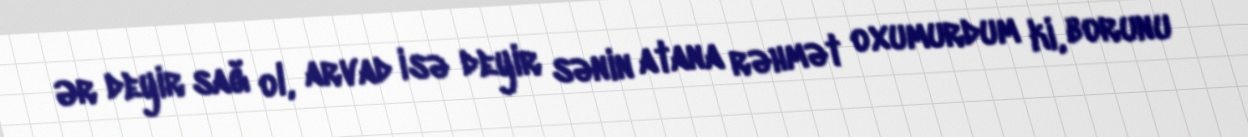
Ər deyir sağ ol, arvad isə deyir sənin atana rəhmət oxumurdum ki, borunu